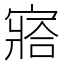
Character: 𡪗